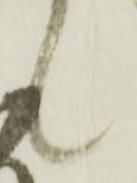
候